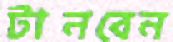
টানবেন